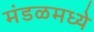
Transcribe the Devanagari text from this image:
मंडळमध्ये